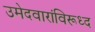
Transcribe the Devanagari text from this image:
उमेदवारांविरूध्द